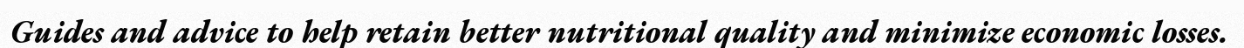
Guides and advice to help retain better nutritional quality and minimize economic losses.